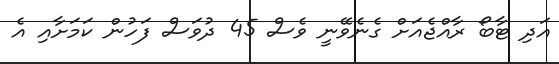
އަދި ޓާބޯ ރާއްޖެއަށް ގެނެވޭނީ ވެސް 45 ދުވަސް ފަހުން ކަމަށާއި އެ